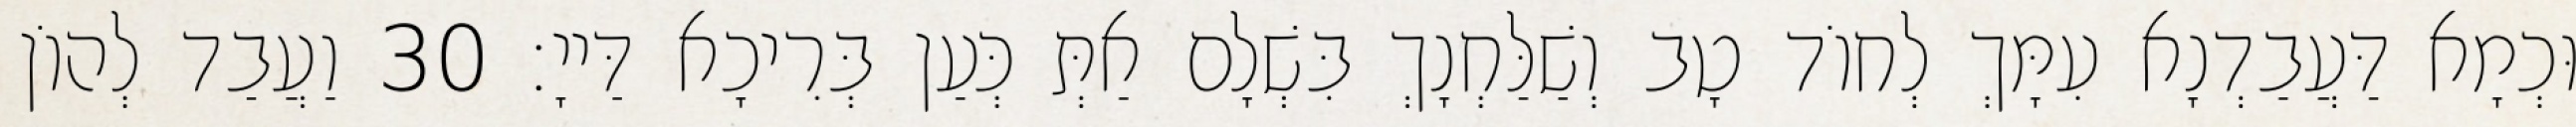
וּכְמָא דַּעֲבַדְנָא עִמָּךְ לְחוֹד טָב וְשַׁלַּחְנָךְ בִּשְׁלָם אַתְּ כְּעַן בְּרִיכָא דַּייָ׃ 30 וַעֲבַד לְהוֹן